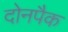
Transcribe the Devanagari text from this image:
दोनपैक